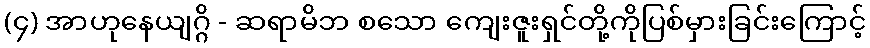
(၄) အာဟုနေယျဂ္ဂိ - ဆရာမိဘ စသော ကျေးဇူးရှင်တို့ကိုပြစ်မှားခြင်းကြောင့်